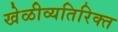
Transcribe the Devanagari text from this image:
खेळीव्यतिरिक्त